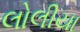
લોલીયા